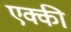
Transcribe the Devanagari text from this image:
एक्की